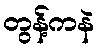
တွန့်ကနဲ